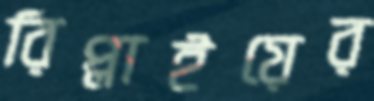
রিপ্লাইয়ের